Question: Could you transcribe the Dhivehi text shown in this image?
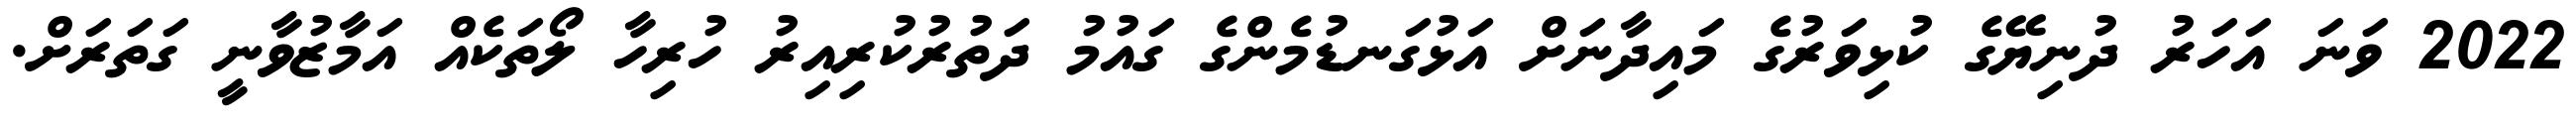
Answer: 2022 ވަނަ އަހަރު ދުނިޔޭގެ ކުޅިވަރުގެ މައިދާނަށް އަޅުގަނޑުމެންގެ ގައުމު ދަތުރުކުރިއިރު ހުރިހާ ލޯތަކެއް އަމާޒުވާނީ ގަތަރަށް.